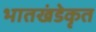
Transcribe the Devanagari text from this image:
भातखंडेकृत